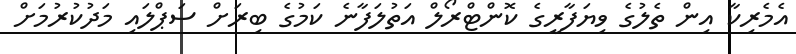
އެމެރިކާ އިން ތެލުގެ ވިޔަފާރީގެ ކޮންޓްރޯލް އަތުލަފާނެ ކަމުގެ ބިރަށް ސަޕްލައި މަދުކުރުމަށް